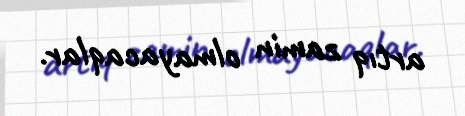
artıq zamin olmayacaqlar.